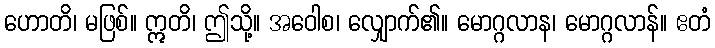
ဟောတိ၊ မဖြစ်။ ဣတိ၊ ဤသို့။ အဝေါစ၊ လျှောက်၏။ မောဂ္ဂလာန၊ မောဂ္ဂလာန်။ ဧတံ